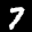
Label: 7